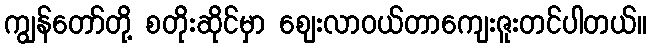
ကျွန်တော်တို့ စတိုးဆိုင်မှာ ဈေးလာဝယ်တာကျေးဇူးတင်ပါတယ်။